Report of the Indian Hemp Drugs Commission, 1894-1895 - Volume I
Year: 1894
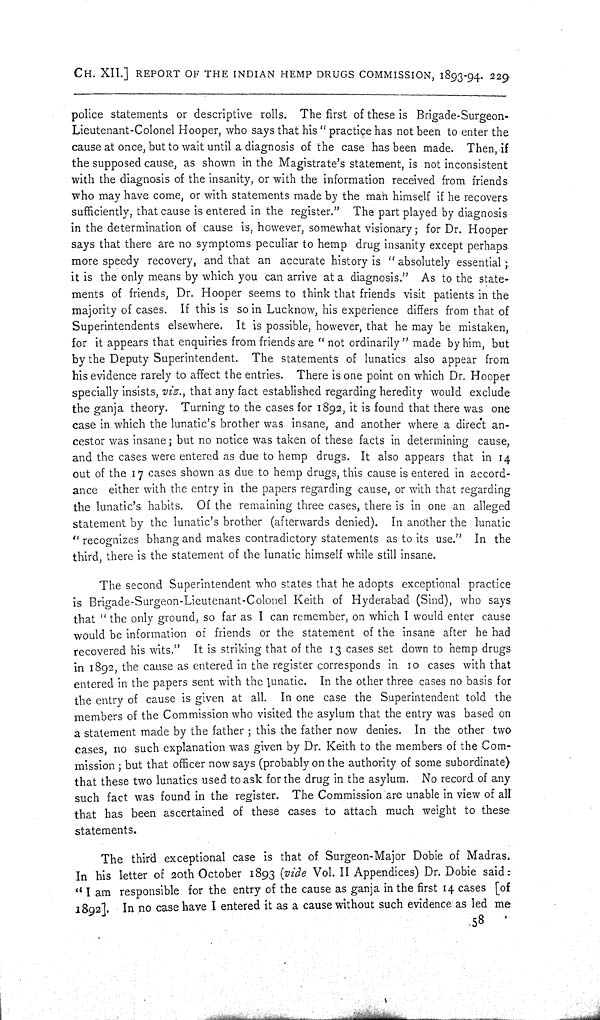
CH. XII.] REPORT OF THE INDIAN HEMP DRUGS COMMISSION, 1893-94. 229
police statements or descriptive rolls. The first of these is Brigade-Surgeon-
Lieutenant-Colonel Hooper, who says that his "practice has not been to enter the
cause at once, but to wait until a diagnosis of the case has been made. Then, if
the supposed cause, as shown in the Magistrate's statement, is not inconsistent
with the diagnosis of the insanity, or with the information received from friends
who may have come, or with statements made by the man himself if he recovers
sufficiently, that cause is entered in the register." The part played by diagnosis
in the determination of cause is, however, somewhat visionary; for Dr. Hooper
says that there are no symptoms peculiar to hemp drug insanity except perhaps
more speedy recovery, and that an accurate history is "absolutely essential;
it is the only means by which you can arrive at a diagnosis." As to the state-
ments of friends, Dr. Hooper seems to think that friends visit patients in the
majority of cases. If this is so in Lucknow, his experience differs from that of
Superintendents elsewhere. It is possible, however, that he may be mistaken,
for it appears that enquiries from friends are "not ordinarily" made by him, but
by the Deputy Superintendent. The statements of lunatics also appear from
his evidence rarely to affect the entries. There is one point on which Dr. Hooper
specially insists, viz., that any fact established regarding heredity would exclude
the ganja theory. Turning to the cases for 1892, it is found that there was one
case in which the lunatic's brother was insane, and another where a direct an-
cestor was insane; but no notice was taken of these facts in determining cause,
and the cases were entered as due to hemp drugs. It also appears that in 14
out of the 17 cases shown as due to hemp drugs, this cause is entered in accord-
ance either with the entry in the papers regarding cause, or with that regarding
the lunatic's habits. Of the remaining three cases, there is in one an alleged
statement by the lunatic's brother (afterwards denied). In another the lunatic
"recognizes bhang and makes contradictory statements as to its use." In the
third, there is the statement of the lunatic himself while still insane.
The second Superintendent who states that he adopts exceptional practice
is Brigade-Surgeon-Lieutenant-Colonel Keith of Hyderabad (Sind), who says
that "the only ground, so far as I can remember, on which I would enter cause
would be information of friends or the statement of the insane after he had
recovered his wits." It is striking that of the 13 cases set down to hemp drugs
in 1892, the cause as entered in the register corresponds in 10 cases with that
entered in the papers sent with the lunatic. In the other three cases no basis for
the entry of cause is given at all. In one case the Superintendent told the
members of the Commission who visited the asylum that the entry was based on
a statement made by the father; this the father now denies. In the other two
cases, no such explanation was given by Dr. Keith to the members of the Com-
mission; but that officer now says (probably on the authority of some subordinate)
that these two lunatics used to ask for the drug in the asylum. No record of any
such fact was found in the register. The Commission are unable in view of all
that has been ascertained of these cases to attach much weight to these
statements.
The third exceptional case is that of Surgeon-Major Dobie of Madras.
In his letter of 20th October 1893 (vide Vol. II Appendices) Dr. Dobie said:
"I am responsible for the entry of the cause as ganja in the first 14 cases [of
1892]. In no case have I entered it as a cause without such evidence as led me
58